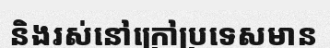
និងរស់នៅក្រៅប្រទេសមាន